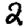
Digit: 2